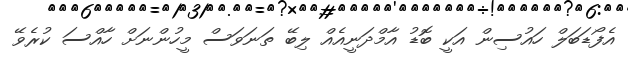
އެފޯޑަބަލް ހައުސިން އަކީ ބޮޑު އާމްދަނީއެއް ލިބޭ ތަނަވަސް މީހުންނަށް ހާއްސަ ކުރެވޭ